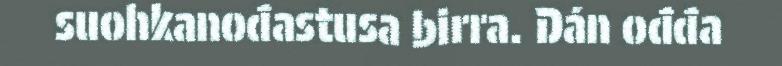
suohkanođastusa birra. Dán ođđa